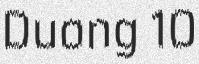
Duong 10